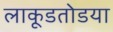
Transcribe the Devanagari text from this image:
लाकूडतोडया